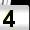
Digit: 4